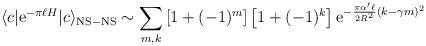
LaTeX: \begin{align*}\langle c | {\rm e}^{-\pi\ell H} |c\rangle_{\rm NS-NS} \sim \sum_{m,k}\left[1+(-1)^m \right] \left[1+(-1)^k\right] {\rm e}^{-{\pi \alpha ' \ell\over 2 R^2} (k-\gamma m)^2} \end{align*}